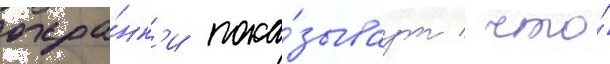
охра́нк'и пока́зываут / что́